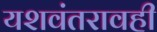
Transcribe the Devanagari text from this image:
यशवंतरावही